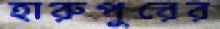
হারুপুরের